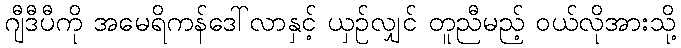
ဂျီဒီပီကို အမေရိကန်ဒေါ်လာနှင့် ယှဉ်လျှင် တူညီမည့် ဝယ်လိုအားသို့